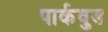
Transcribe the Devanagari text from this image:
पार्कवुड